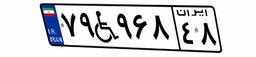
۱۷W۳۲۱۱۷